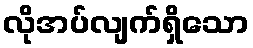
လိုအပ်လျက်ရှိသော